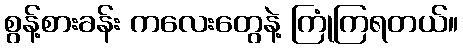
စွန့်စားခန်း ကလေးတွေနဲ့ ကြုံကြရတယ်။